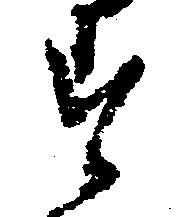
す